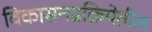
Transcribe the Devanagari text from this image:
विकासनप्रक्रियेतील